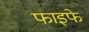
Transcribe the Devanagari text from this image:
फाइफे